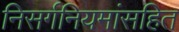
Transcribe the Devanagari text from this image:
निसर्गनियमांसहित